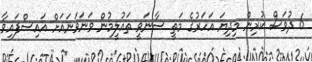
6 ދުވަސް ކުރިން މިދިޔަ އަހަރުގެ މަތީ ސާނަވީ ތައުލީމުން ވަނަވަނައަށް އައިސްފައިވާ